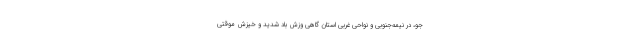
جو، در نیمه‌جنوبی و نواحی غربی استان گاهی وزش باد شدید و خیزش موقتی